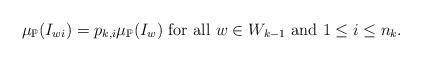
LaTeX: \begin{align*}\mu_\mathbb{P}(I_{wi})=p_{k,i}\mu_\mathbb{P}(I_w)\mbox{ for all $w\in W_{k-1}$ and $1\leq i\leq n_k$.}\end{align*}